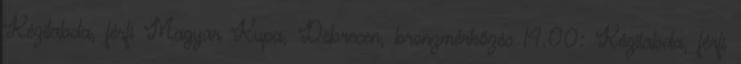
Kézilabda, férfi Magyar Kupa, Debrecen, bronzmérkőzés 14.00: Kézilabda, férfi